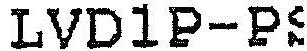
LVD1P-PS